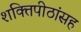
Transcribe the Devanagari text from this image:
शक्तिपीठांसह